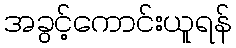
အခွင့်ကောင်းယူရန်